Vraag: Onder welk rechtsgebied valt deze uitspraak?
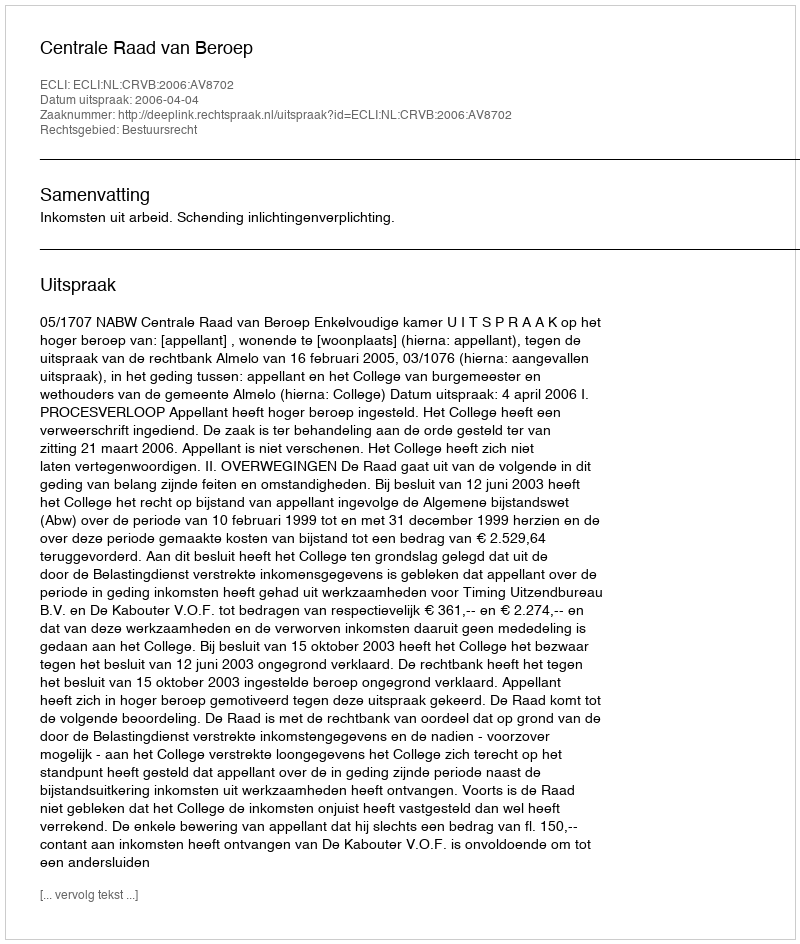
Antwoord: Bestuursrecht